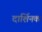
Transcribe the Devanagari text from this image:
दार्शिनक